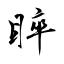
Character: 睟